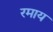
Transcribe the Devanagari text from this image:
रमाय